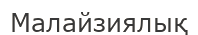
Малайзиялық